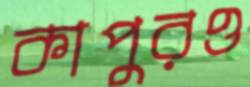
কাপুরও